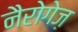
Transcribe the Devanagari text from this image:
नैरोगेज़